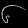
Digit: ၆